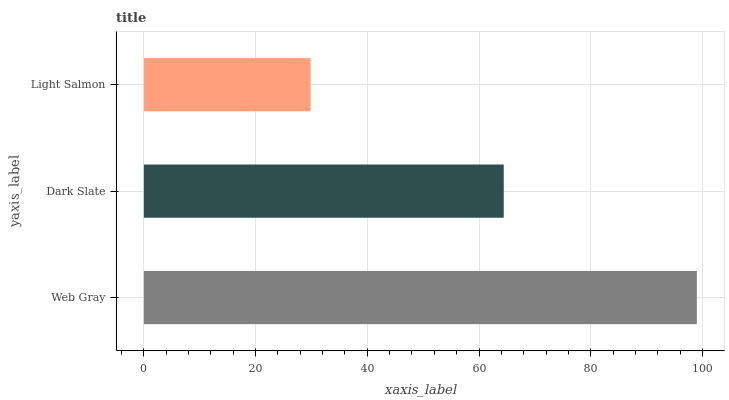
| yaxis_label | bars |
 | --- | --- |
 | Web Gray | 99 |
 | Dark Slate | 64.4 |
 | Light Salmon | 29.9 |